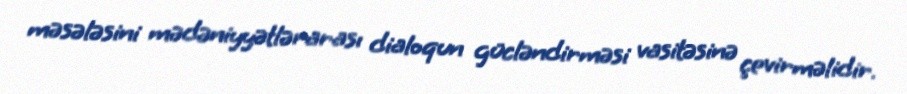
məsələsini mədəniyyətlərarası dialoqun gücləndirməsi vasitəsinə çevirməlidir.